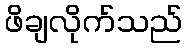
ဖိချလိုက်သည်